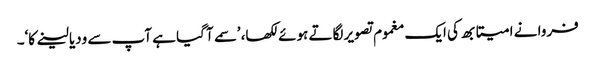
فروا نے امیتابھ کی ایک مغموم تصویر لگاتے ہوئے لکھا، ’سمے آ گیا ہے آپ سے ودیا لینے کا‘۔